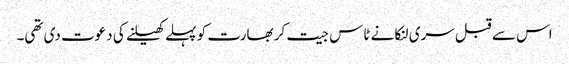
اس سے قبل سری لنکا نے ٹاس جیت کر بھارت کو پہلے کھیلنے کی دعوت دی تھی۔